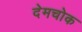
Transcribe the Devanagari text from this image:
देमचोक